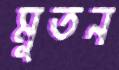
মুতন